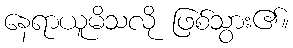
နေရာယူမိသလို ဖြစ်သွား၏။